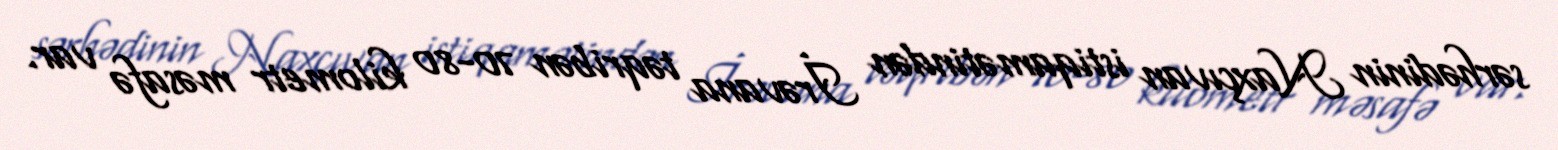
sərhədinin Naxçıvan istiqamətindən İrəvana təqribən 70-80 kilometr məsafə var.